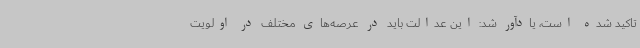
تاکید شده است، یادآور شد: این عدالت باید در عرصه‌های مختلف در اولویت